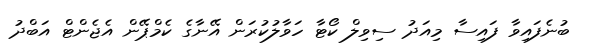
ބުނެފައިވާ ފައިސާ މިއަދު ސިވިލް ކޯޓާ ހަވާލުކުރަން އޭނާގެ ކެމްޕޭން އެޖެންޓް އަބްދު